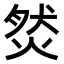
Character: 𤉷